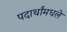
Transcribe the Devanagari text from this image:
पदार्थांमधले